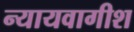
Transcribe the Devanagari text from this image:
न्यायवागीश